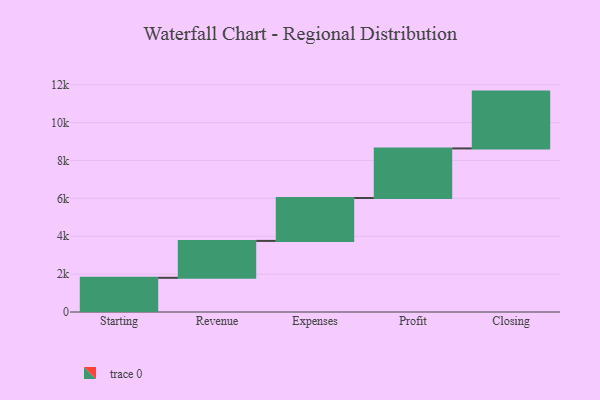
{"axis": {"x": "Step", "y": "Value"}, "legend": [""], "data": [{"x": "Starting", "y": 1805.0, "type": ""}, {"x": "Revenue", "y": 1948.0, "type": ""}, {"x": "Expenses", "y": 2266.0, "type": ""}, {"x": "Profit", "y": 2617.0, "type": ""}, {"x": "Closing", "y": 3000, "type": ""}]}